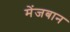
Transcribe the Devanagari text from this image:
मेंजबान